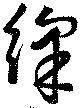
綵